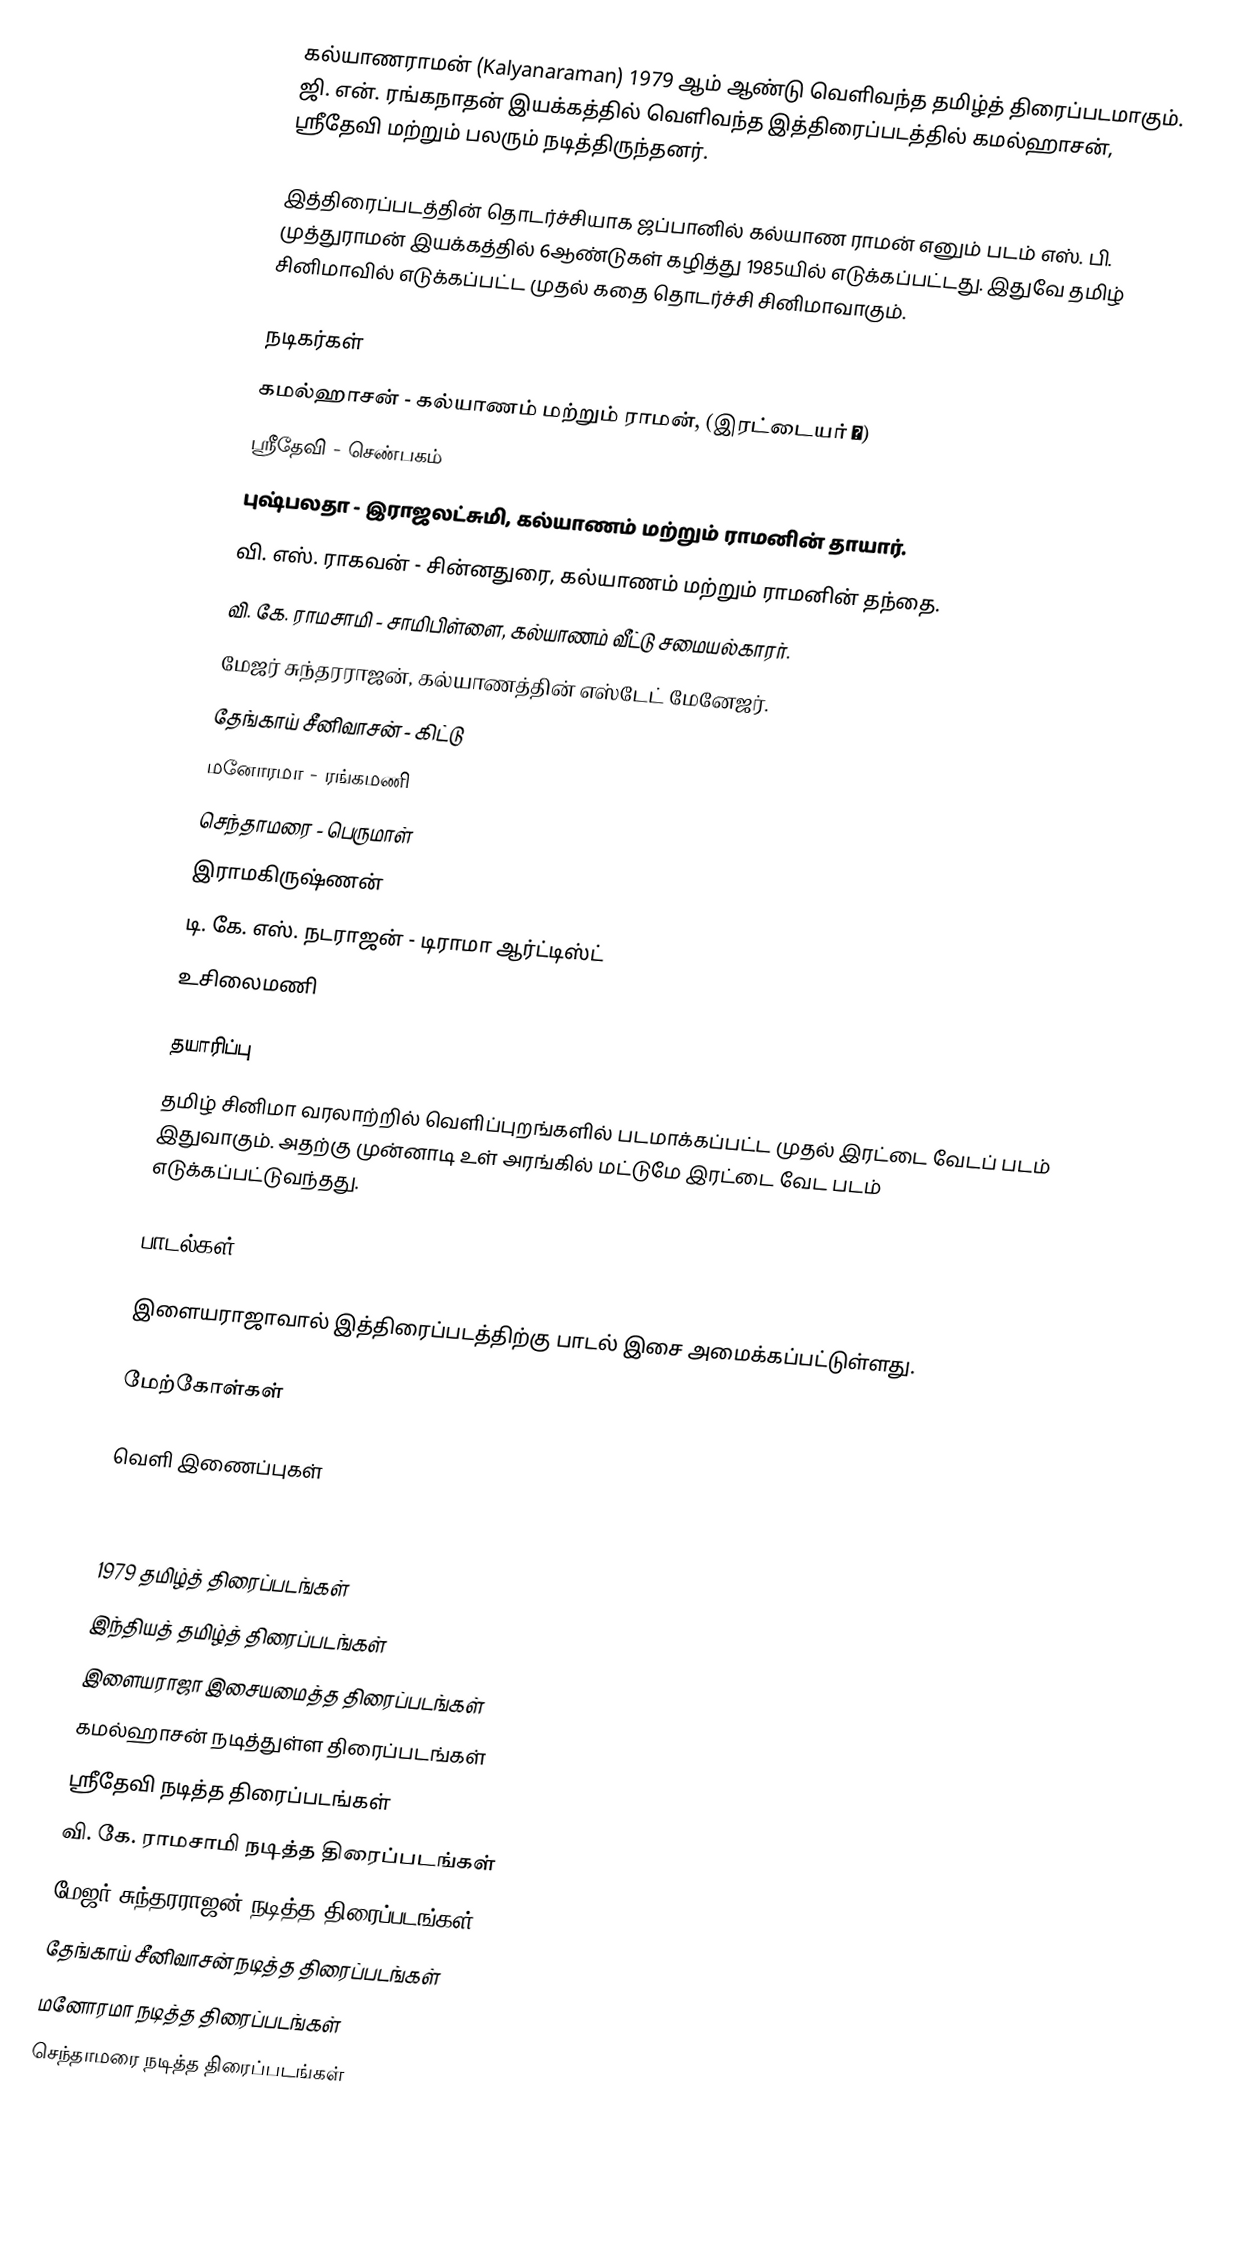
கல்யாணராமன் (Kalyanaraman) 1979 ஆம் ஆண்டு வெளிவந்த தமிழ்த் திரைப்படமாகும். ஜி. என். ரங்கநாதன் இயக்கத்தில் வெளிவந்த இத்திரைப்படத்தில் கமல்ஹாசன், ஸ்ரீதேவி மற்றும் பலரும் நடித்திருந்தனர்.

இத்திரைப்படத்தின் தொடர்ச்சியாக ஜப்பானில் கல்யாண ராமன் எனும் படம் எஸ். பி. முத்துராமன் இயக்கத்தில் 6ஆண்டுகள் கழித்து 1985யில் எடுக்கப்பட்டது. இதுவே தமிழ் சினிமாவில் எடுக்கப்பட்ட முதல் கதை தொடர்ச்சி சினிமாவாகும்.

நடிகர்கள்
 கமல்ஹாசன் - கல்யாணம் மற்றும் ராமன், (இரட்டையர் 👬)
 ஸ்ரீதேவி - செண்பகம்
 புஷ்பலதா - இராஜலட்சுமி,  கல்யாணம் மற்றும் ராமனின் தாயார்.
 வி. எஸ். ராகவன் - சின்னதுரை, கல்யாணம் மற்றும் ராமனின் தந்தை.
 வி. கே. ராமசாமி - சாமிபிள்ளை, கல்யாணம் வீட்டு சமையல்காரர்.
 மேஜர் சுந்தரராஜன், கல்யாணத்தின் எஸ்டேட் மேனேஜர்.
 தேங்காய் சீனிவாசன் - கிட்டு
 மனோரமா - ரங்கமணி
 செந்தாமரை - பெருமாள்
 இராமகிருஷ்ணன்
 டி. கே. எஸ். நடராஜன் - டிராமா ஆர்ட்டிஸ்ட்
 உசிலைமணி

தயாரிப்பு
தமிழ் சினிமா வரலாற்றில் வெளிப்புறங்களில் படமாக்கப்பட்ட முதல் இரட்டை வேடப் படம் இதுவாகும். அதற்கு முன்னாடி உள் அரங்கில் மட்டுமே இரட்டை வேட படம் எடுக்கப்பட்டுவந்தது.

பாடல்கள்

இளையராஜாவால் இத்திரைப்படத்திற்கு பாடல் இசை அமைக்கப்பட்டுள்ளது.

மேற்கோள்கள்

வெளி இணைப்புகள்

1979 தமிழ்த் திரைப்படங்கள்
இந்தியத் தமிழ்த் திரைப்படங்கள்
இளையராஜா இசையமைத்த திரைப்படங்கள்
கமல்ஹாசன் நடித்துள்ள திரைப்படங்கள்
ஸ்ரீதேவி நடித்த திரைப்படங்கள்
வி. கே. ராமசாமி நடித்த திரைப்படங்கள்
மேஜர் சுந்தரராஜன் நடித்த திரைப்படங்கள்
தேங்காய் சீனிவாசன் நடித்த திரைப்படங்கள்
மனோரமா நடித்த திரைப்படங்கள்
செந்தாமரை நடித்த திரைப்படங்கள்